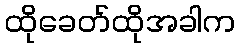
ထိုခေတ်ထိုအခါက